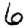
Digit: 6